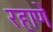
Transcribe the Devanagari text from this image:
रहाणें